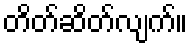
တိတ်ဆိတ်လျက်။